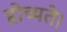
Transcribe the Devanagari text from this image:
होच्यते।